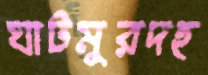
ঘাটমুরদহ